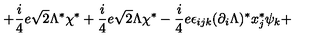
+ \frac { i } { 4 } e \sqrt { 2 } \Lambda ^ { \ast } \chi ^ { \ast } + \frac { i } { 4 } e \sqrt { 2 } \Lambda \chi ^ { \ast } - \frac { i } { 4 } e \epsilon _ { i j k } ( \partial _ { i } \Lambda ) ^ { \ast } x _ { j } ^ { \ast } \psi _ { k } +